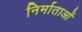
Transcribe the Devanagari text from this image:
निर्माताआें